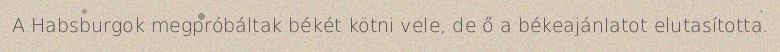
A Habsburgok megpróbáltak békét kötni vele, de ő a békeajánlatot elutasította.